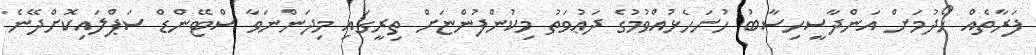
ފަރާތެއް ހޯދުމަށް އަންދާސީހިސާބު ހުށަހެޅުއްވުމުގެ ދަޢުވަތު މިކުންފުންޏަށް ތިރީގައި މިދަންނަވާ ސްޓޭންޑް ސަޕްލައިކޮށްދޭނެ